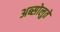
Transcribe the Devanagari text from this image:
अब्सोलुते